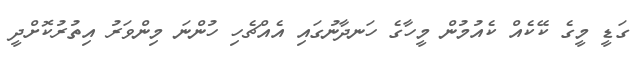
ގަޑީ މީގެ ކޭކެއް ކެއުމުން މީހާގެ ހަނދާނުގައި އެއްޗެހި ހުންނަ މިންވަރު އިތުރުކޮށްދީ